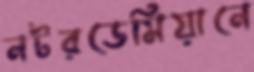
নটরডেমিয়ানে